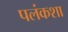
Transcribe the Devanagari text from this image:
पलंकशा